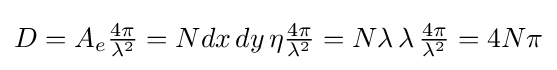
{\textstyle D=A_{e}{\frac {4\pi }{\lambda ^{2}}}=Ndx\,dy\,\eta {\frac {4\pi }{\lambda ^{2}}}=N\lambda \,\lambda \,{\frac {4\pi }{\lambda ^{2}}}=4N\pi }